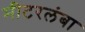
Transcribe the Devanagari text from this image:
मीटरलंबा